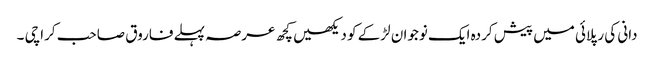
دانی کی رپلائی میں پیش کردہ ایک نوجوان لڑکے کو دیکھیں کچھ عرصہ پہلے فاروق صاحب کراچی ۔